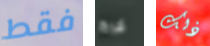
فقط ليرة ذلك